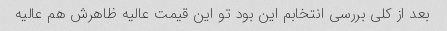
بعد از کلی بررسی انتخابم این بود تو این قیمت عالیه ظاهرش هم عالیه